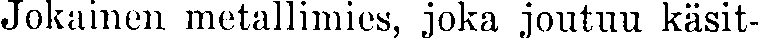
Jokainen metallimies, joka joutuu käsit-